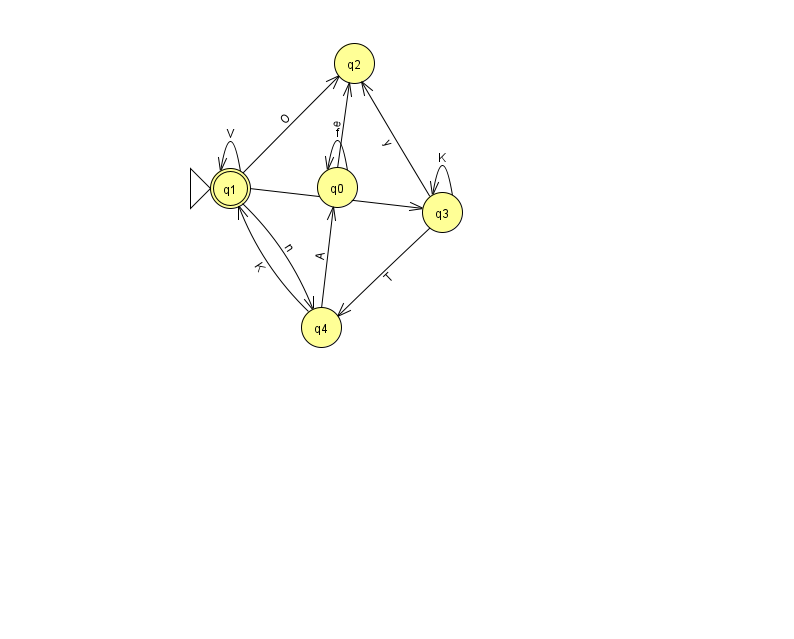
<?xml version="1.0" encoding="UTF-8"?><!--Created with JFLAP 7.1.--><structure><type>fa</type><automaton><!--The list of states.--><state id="0" name="q0"><x>337.0</x><y>174.0</y></state><state id="1" name="q1"><x>230.0</x><y>175.0</y><initial/><final/></state><state id="2" name="q2"><x>354.0</x><y>50.0</y></state><state id="3" name="q3"><x>442.0</x><y>199.0</y></state><state id="4" name="q4"><x>321.0</x><y>314.0</y></state><!--The list of transitions.--><transition><from>4</from><to>0</to><read>A</read></transition><transition><from>1</from><to>4</to><read>n</read></transition><transition><from>4</from><to>1</to><read>K</read></transition><transition><from>0</from><to>0</to><read>f</read></transition><transition><from>1</from><to>1</to><read>V</read></transition><transition><from>1</from><to>3</to><read>I</read></transition><transition><from>3</from><to>2</to><read>y</read></transition><transition><from>0</from><to>2</to><read>e</read></transition><transition><from>3</from><to>3</to><read>K</read></transition><transition><from>3</from><to>4</to><read>T</read></transition><transition><from>1</from><to>2</to><read>O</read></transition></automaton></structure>